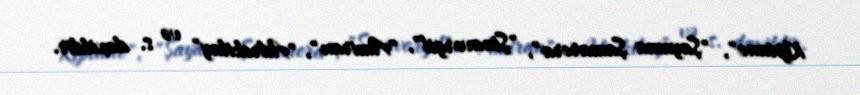
Kipiane", "Şayama Şamarera", "Şinavorgil", "Amiran", "Adrekilay" və s. daxildir.